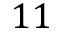
1 1